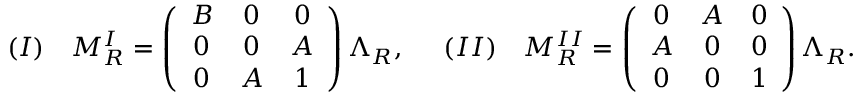
\begin{array} { l l l l } { { ( I ) } } & { { M _ { R } ^ { I } = \left( \begin{array} { c c c } { { B } } & { { 0 } } & { { 0 } } \\ { { 0 } } & { { 0 } } & { { A } } \\ { { 0 } } & { { A } } & { { 1 } } \end{array} \right) \Lambda _ { R } , \; \; } } & { { ( I I ) } } & { { M _ { R } ^ { I I } = \left( \begin{array} { c c c } { { 0 } } & { { A } } & { { 0 } } \\ { { A } } & { { 0 } } & { { 0 } } \\ { { 0 } } & { { 0 } } & { { 1 } } \end{array} \right) \Lambda _ { R } . } } \end{array}